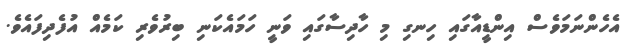
އެހެންނަމަވެސް އިންޑީއާގައި ހިނގި މި ހާދިސާގައި ވަނީ ހަމައެކަނި ބިރުވެރި ކަމެއް އުފެދިފައެވެ.